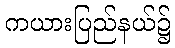
ကယားပြည်နယ်၌